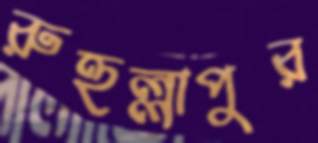
রুহুল্লাপুর